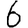
Digit: 6